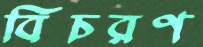
বিচরণ